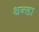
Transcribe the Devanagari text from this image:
थन्डा